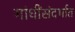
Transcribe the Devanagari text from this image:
गांधींसंदर्भात